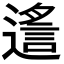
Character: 𨖈